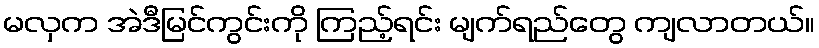
မလှက အဲဒီမြင်ကွင်းကို ကြည့်ရင်း မျက်ရည်တွေ ကျလာတယ်။